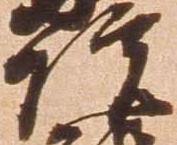
院